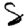
Digit: 8